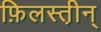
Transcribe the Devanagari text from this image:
फ़िलस्त़ीन्